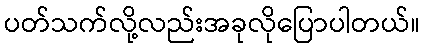
ပတ်သက်လို့လည်းအခုလိုပြောပါတယ်။